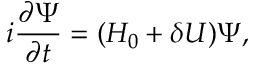
i \frac { \partial \Psi } { \partial t } = ( H _ { 0 } + \delta U ) \Psi ,